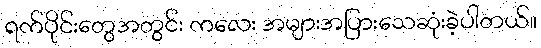
ရက်ပိုင်းတွေအတွင်း ကလေး အများအပြားသေဆုံးခဲ့ပါတယ်။